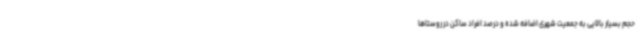
حجم بسیار بالایی به جمعیت شهری اضافه شده و درصد افراد ساکن در روستاها